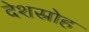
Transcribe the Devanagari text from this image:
देशस्रोह